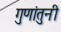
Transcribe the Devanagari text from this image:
गुणांतुनी